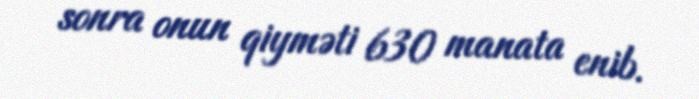
sonra onun qiyməti 630 manata enib.